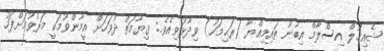
ޝެއިޚުލް އިސްލާމް އިބުނު ތައިމިއްޔާ (ރަޙިމަހު) ވިދާޅުވިއެވެ.: ޤިޔާމަތް ދުވަހަށް އީމާންވުމަކީ މަރުވުމަށްފަހު